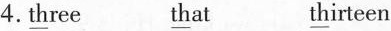
4.\underline{th}ree \underline{th}at \underline{th}irteen